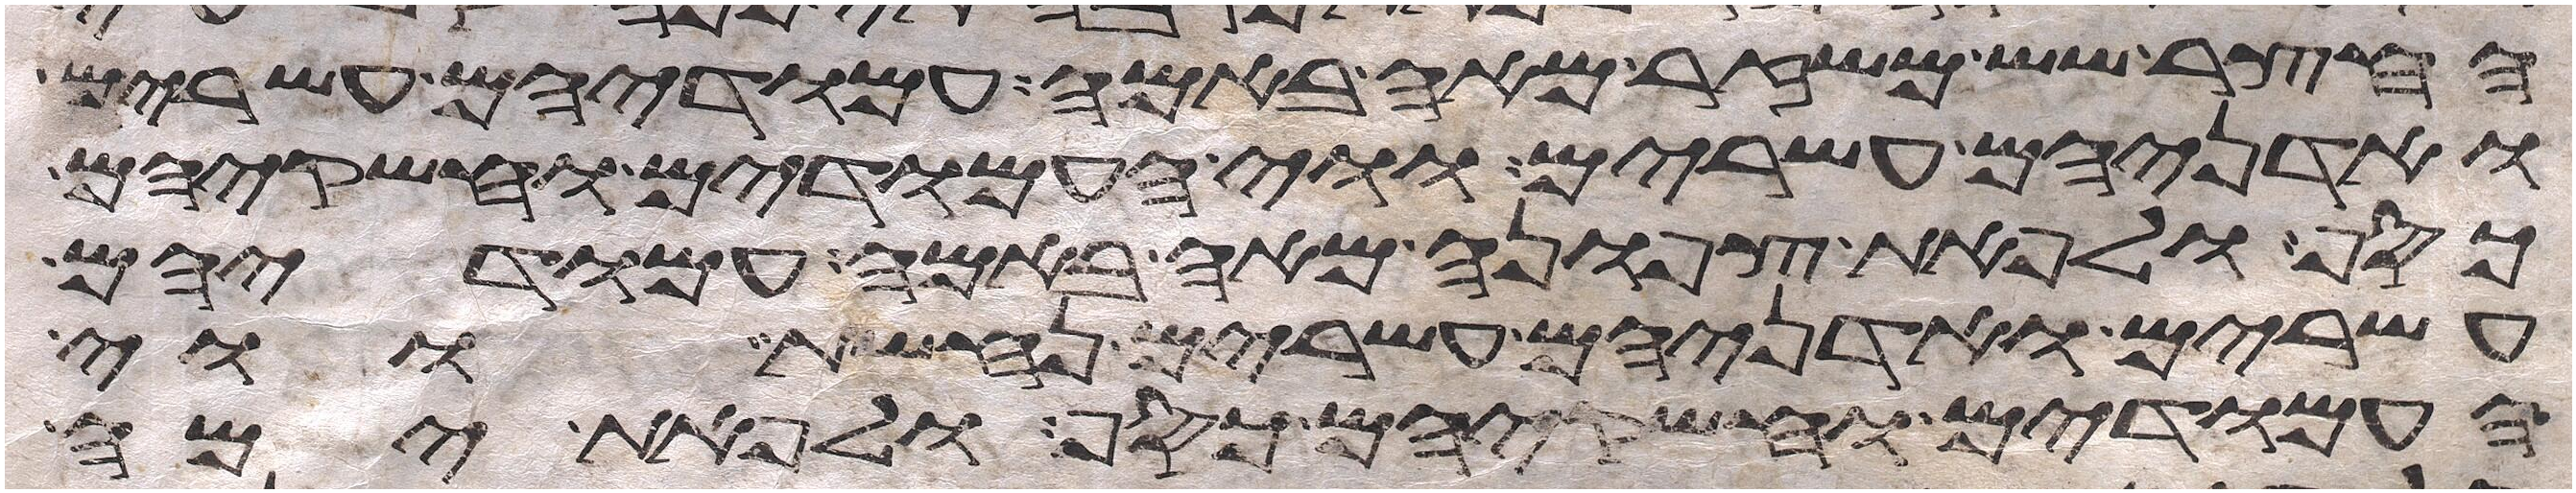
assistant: החצר שש משזר מאה באמה ועמודיו עשרים
ואדניהם עשרים ווי העמודים וחשקיהם
כסף ולפאת צפונה מאה באמה עמודיהם
עשרים ואדניהם עשרים נחשת ווי
העמודים וחשקיהם כסף ולפאת ימה